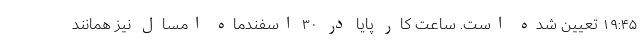
۱۹:۴۵ تعیین شده است. ساعت کار پایا در ۳۰ اسفندماه امسال نیز همانند